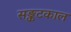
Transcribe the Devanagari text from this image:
सङ्कटकाल